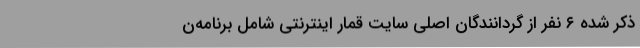
ذکر شده ۶ نفر از گردانندگان اصلی سایت قمار اینترنتی شامل برنامه‌ن